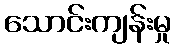
သောင်းကျန်းမှု